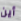
أين